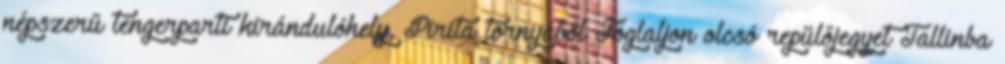
népszerű tengerparti kirándulóhely, Pirita tornyából Foglaljon olcsó repülőjegyet Tallinba